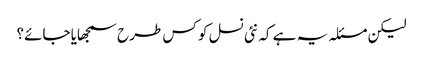
لیکن مسئلہ یہ ہے کہ نئی نسل کو کس طرح سمجھایا جائے؟